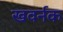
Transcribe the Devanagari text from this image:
खवर्नक